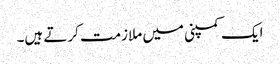
ایک کمپنی میں ملازمت کرتے ہیں۔